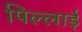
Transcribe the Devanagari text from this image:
पिल्लाई